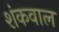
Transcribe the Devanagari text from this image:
शंकवाल